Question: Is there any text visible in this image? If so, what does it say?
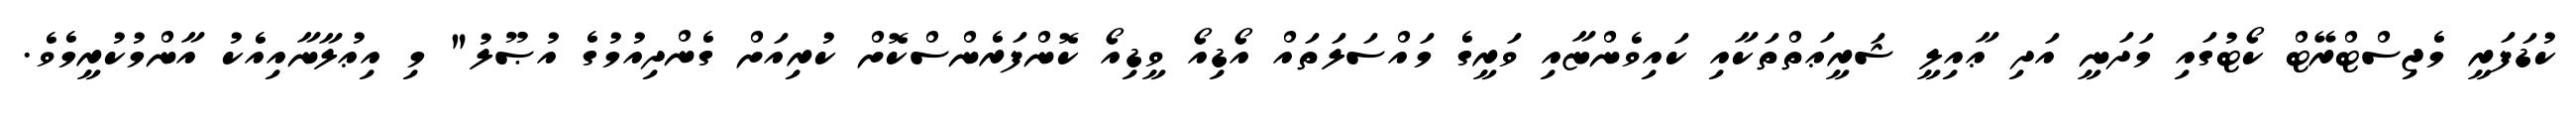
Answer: ކުޑަފަރީ މެޖިސްޓްރޭޓް ކޯޓުގައި މަދަނީ އަދި ޢާއިލީ ޝަރީޢަތްތަކާއި ކައިވެންޏާއި ވަރީގެ މައްސަލަތައް އޯޑިއޯ ވީޑިއޯ ކޮންފަރެންސްކޮށް ކުރިއަށް ގެންދިއުމުގެ އުޞޫލު" މި އިޢުލާނާއިއެކު އާންމުކުރީމެވެ.